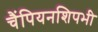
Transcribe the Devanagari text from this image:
चैंपियनशिपभी